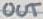
Text: OUT